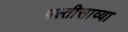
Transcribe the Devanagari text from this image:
पस्तीसाव्या